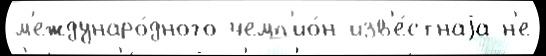
м'еждунаро́дного чемп'ио́н изв'е́стнаjа н'е